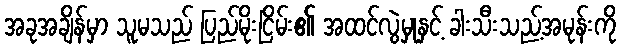
အခုအချိန်မှာ သူမသည် ပြည်မိုးငြိမ်း၏ အထင်လွဲမှုနှင့် ခါးသီးသည့်အမုန်းကို